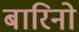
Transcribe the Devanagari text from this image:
बारिनो